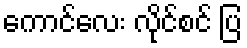
ကောင်လေး လိုင်စင် ပြ